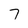
Character: 7